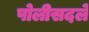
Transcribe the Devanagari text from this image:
पोलीसदले